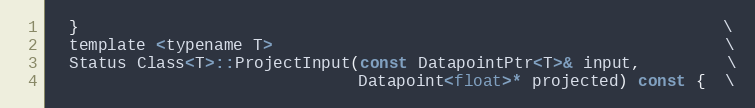
Language: C
  }                                                                   \
  template <typename T>                                               \
  Status Class<T>::ProjectInput(const DatapointPtr<T>& input,         \
                                Datapoint<float>* projected) const {  \